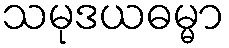
သမုဒယဓမ္မာ